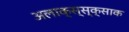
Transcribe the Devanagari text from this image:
अलाक्स्स्क्साक